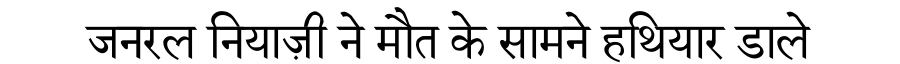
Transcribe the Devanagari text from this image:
जनरल नियाज़ी ने मौत के सामने हथियार डाले